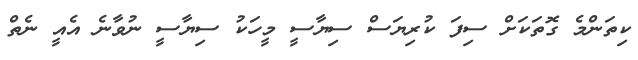
ކިތަންމެ ގޮތަކަށް ސިފަ ކުރިޔަސް ސިޔާސީ މީހަކު ސިޔާސީ ނުވާނެ އެއީ ނެތް